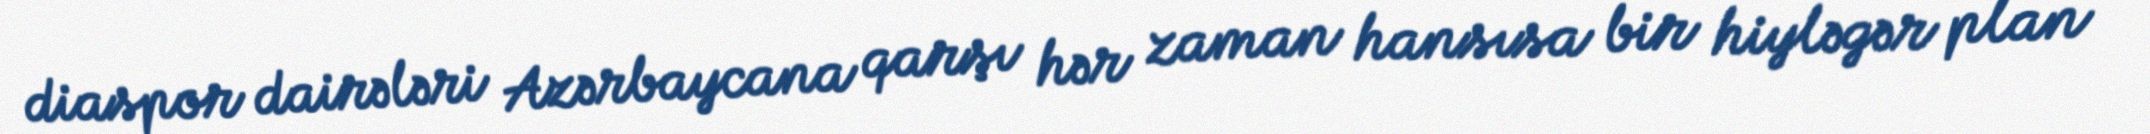
diaspor dairələri Azərbaycana qarşı hər zaman hansısa bir hiyləgər plan